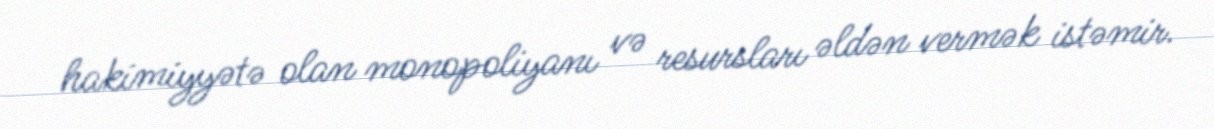
hakimiyyətə olan monopoliyanı və resursları əldən vermək istəmir.